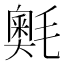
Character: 𭯣